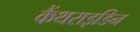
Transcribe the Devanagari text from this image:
कैंथराइडिन